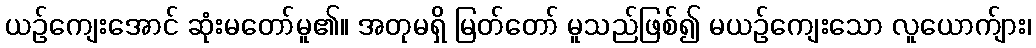
ယဉ်ကျေးအောင် ဆုံးမတော်မူ၏။ အတုမရှိ မြတ်တော် မူသည်ဖြစ်၍ မယဉ်ကျေးသော လူယောက်ျား၊